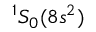
^ 1 S _ { 0 } ( 8 s ^ { 2 } )